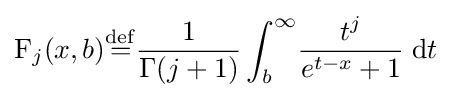
\operatorname {F} _{j}(x,b){\overset {\mathrm {def} }{=}}{\frac {1}{\Gamma (j+1)}}\int _{b}^{\infty }\!{\frac {t^{j}}{e^{t-x}+1}}\;\mathrm {d} t